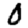
Digit: 0